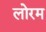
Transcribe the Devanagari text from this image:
लोरम